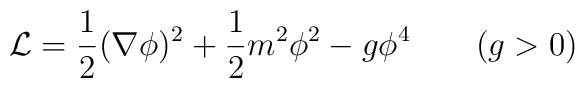
{\cal L}={1\over2}(\nabla\phi)^2+{1\over2}m^2\phi^2-g\phi^4\qquad(g>0)